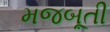
મજબૂતી